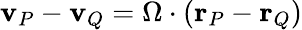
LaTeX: \mathbf{v}_{P}-\mathbf{v}_{Q}={\Omega}\cdot\left(\mathbf{r}_{P}-\mathbf{r}_{Q}\right)